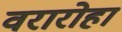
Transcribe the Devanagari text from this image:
वरारोहा